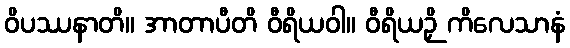
ဝိပဿနာတိ။ အာတာပီတိ ဝီရိယဝါ။ ဝီရိယဉှိ ကိလေသာနံ